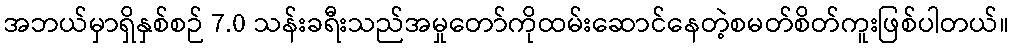
အဘယ်မှာရှိနှစ်စဉ် 7.0 သန်းခရီးသည်အမှုတော်ကိုထမ်းဆောင်နေတဲ့စမတ်စိတ်ကူးဖြစ်ပါတယ်။